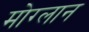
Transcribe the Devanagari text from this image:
मोग्लान